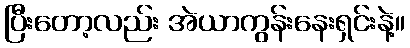
ပြီးတော့လည်း အဲယာကွန်းနေးရှင်းနဲ့။